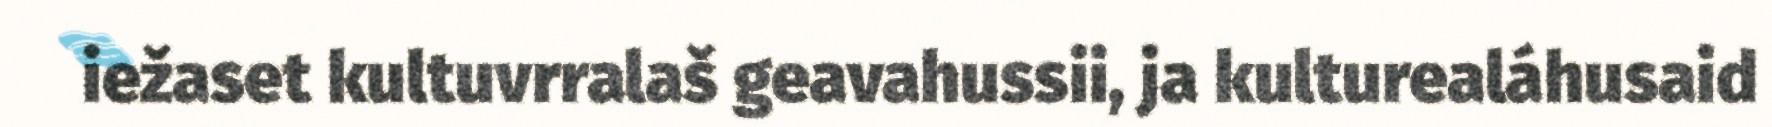
iežaset kultuvrralaš geavahussii, ja kulturealáhusaid